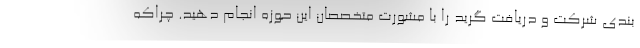
بندی شرکت و دریافت گرید را با مشورت متخصصان این حوزه انجام دهید. چراکه